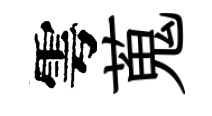
雩蒐